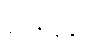
နာဘိနန္ဒာမိ